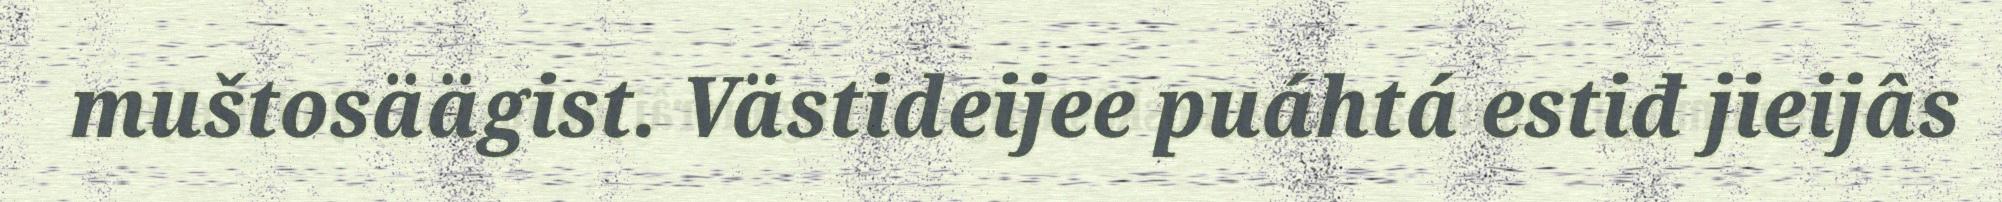
muštosäägist. Västideijee puáhtá estiđ jieijâs